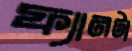
ফ্যানটা